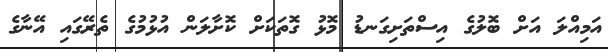
އަމިއްލަ އަށް ބޮލުގެ އިސްތަށިގަނޑު މޮޅު ގޮތަކަށް ކޮށާލަން އުޅުމުގެ ތެރޭގައި އޭނާގެ